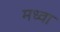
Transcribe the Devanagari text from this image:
मध्वा